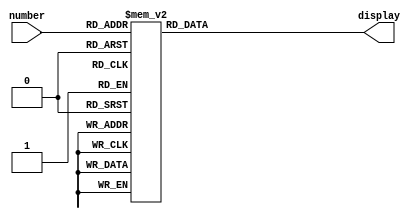
module decoder(number, display);

input [3:0] number;
output reg[0:6] display;

always@(number) begin
	case(number)
		4'd1: display <= 7'b1001111;
		4'd2: display <= 7'b0010010;
		4'd3: display <= 7'b0000110;
		4'd4: display <= 7'b1001100;
		4'd5: display <= 7'b0100100;
		4'd6: display <= 7'b0100000;
		4'd7: display <= 7'b0001111;
		4'd8: display <= 7'b0000000;
		4'd9: display <= 7'b0000100;
		default: display <= 7'b0000001;
		endcase
end
endmodule